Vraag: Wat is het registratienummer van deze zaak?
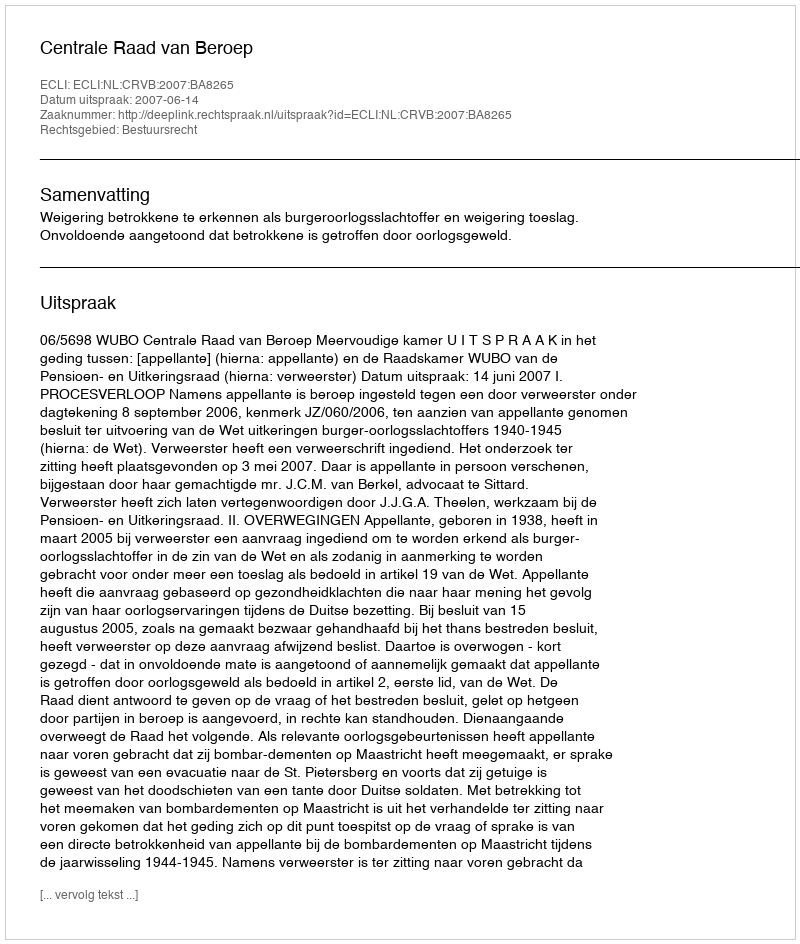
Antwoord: http://deeplink.rechtspraak.nl/uitspraak?id=ECLI:NL:CRVB:2007:BA8265